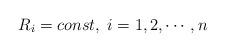
LaTeX: \begin{align*} R_i = const, \; i = 1,2,\cdots , n \end{align*}